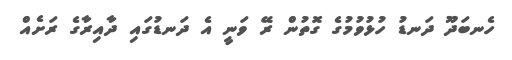
ހެނބަދޫ ދަނޑު ހުޅުވުމުގެ ގޮތުން ރޭ ވަނީ އެ ދަނޑުގައި ދާއިރާގެ ރަށެއް